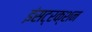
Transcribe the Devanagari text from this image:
इंसट्रक्शन